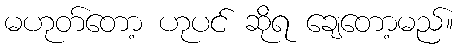
မဟုတ်တော့ ဟုပင် ဆိုရ ချေတော့မည်။